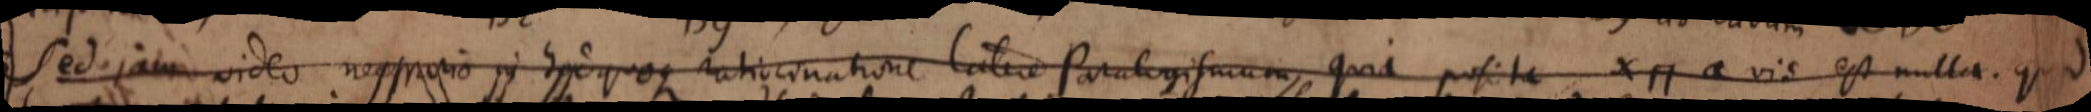
Sed jam video necessario in hac quoque ratiocinatione latere Paralogismum, quia posita x⊓a vis est nulla. Quod